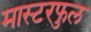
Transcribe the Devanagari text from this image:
मास्टरफुल